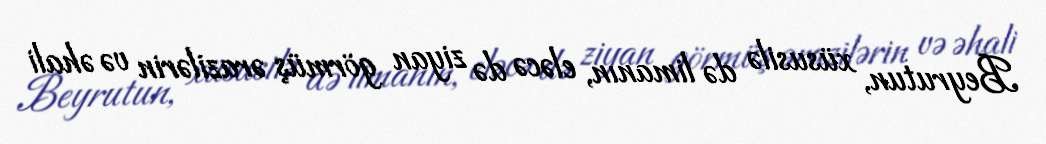
Beyrutun, xüsusilə də limanın, eləcə də ziyan görmüş ərazilərin və əhali